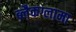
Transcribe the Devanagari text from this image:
ब्लैकग्लामा